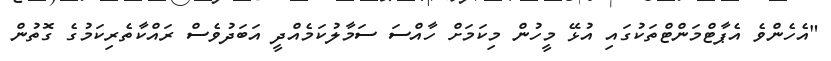
"އެހެންވެ އެޕާޓްމަންޓްތަކުގައި އުޅޭ މީހުން މިކަމަށް ހާއްސަ ސަމާލުކަމެއްދީ އަބަދުވެސް ރައްކާތެރިކަމުގެ ގޮތުން